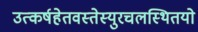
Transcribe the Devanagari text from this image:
उत्कर्षहेतवस्तेस्युरचलस्थितयो